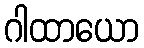
ဂါထာယော